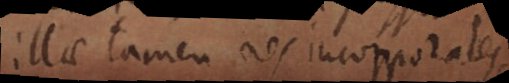
Illae tamen res incorporales,